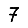
Digit: 7